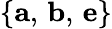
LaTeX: \{ \mathbf{a},\, \mathbf{b},\, {\mathbf e}\}